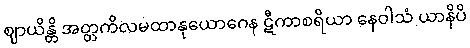
ဈာယိန္တိ အတ္တကိလမထာနုယောဂေန ဋီကာစရိယာ နေဝါသံ ယာနိပိ